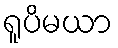
ရူပိမယာ